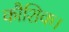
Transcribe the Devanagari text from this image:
कौशिक।